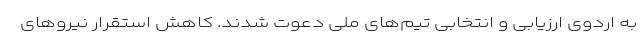
به اردوی ارزیابی و انتخابی تیم‌های ملی دعوت شدند. کاهش استقرار نیروهای